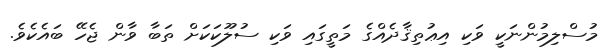
މުސްލިމުންނަކީ ވަކި އިޢުތިޤާދެއްގެ މަތީގައި ވަކި ސުލޫކަކަށް ތަބާ ވާން ޖެހޭ ބައެކެވެ.